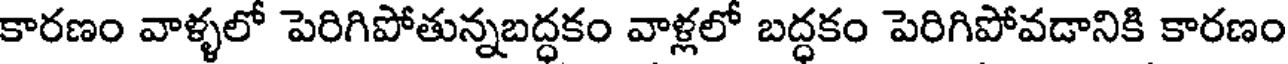
కారణం వాళ్ళలో పెరిగిపోతున్నబద్ధకం వాళ్లలో బద్ధకం పెరిగిపోవడానికి కారణం